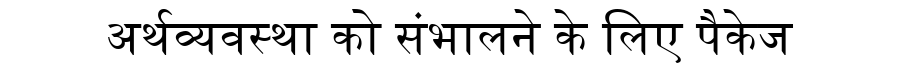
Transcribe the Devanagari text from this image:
अर्थव्यवस्था को संभालने के लिए पैकेज